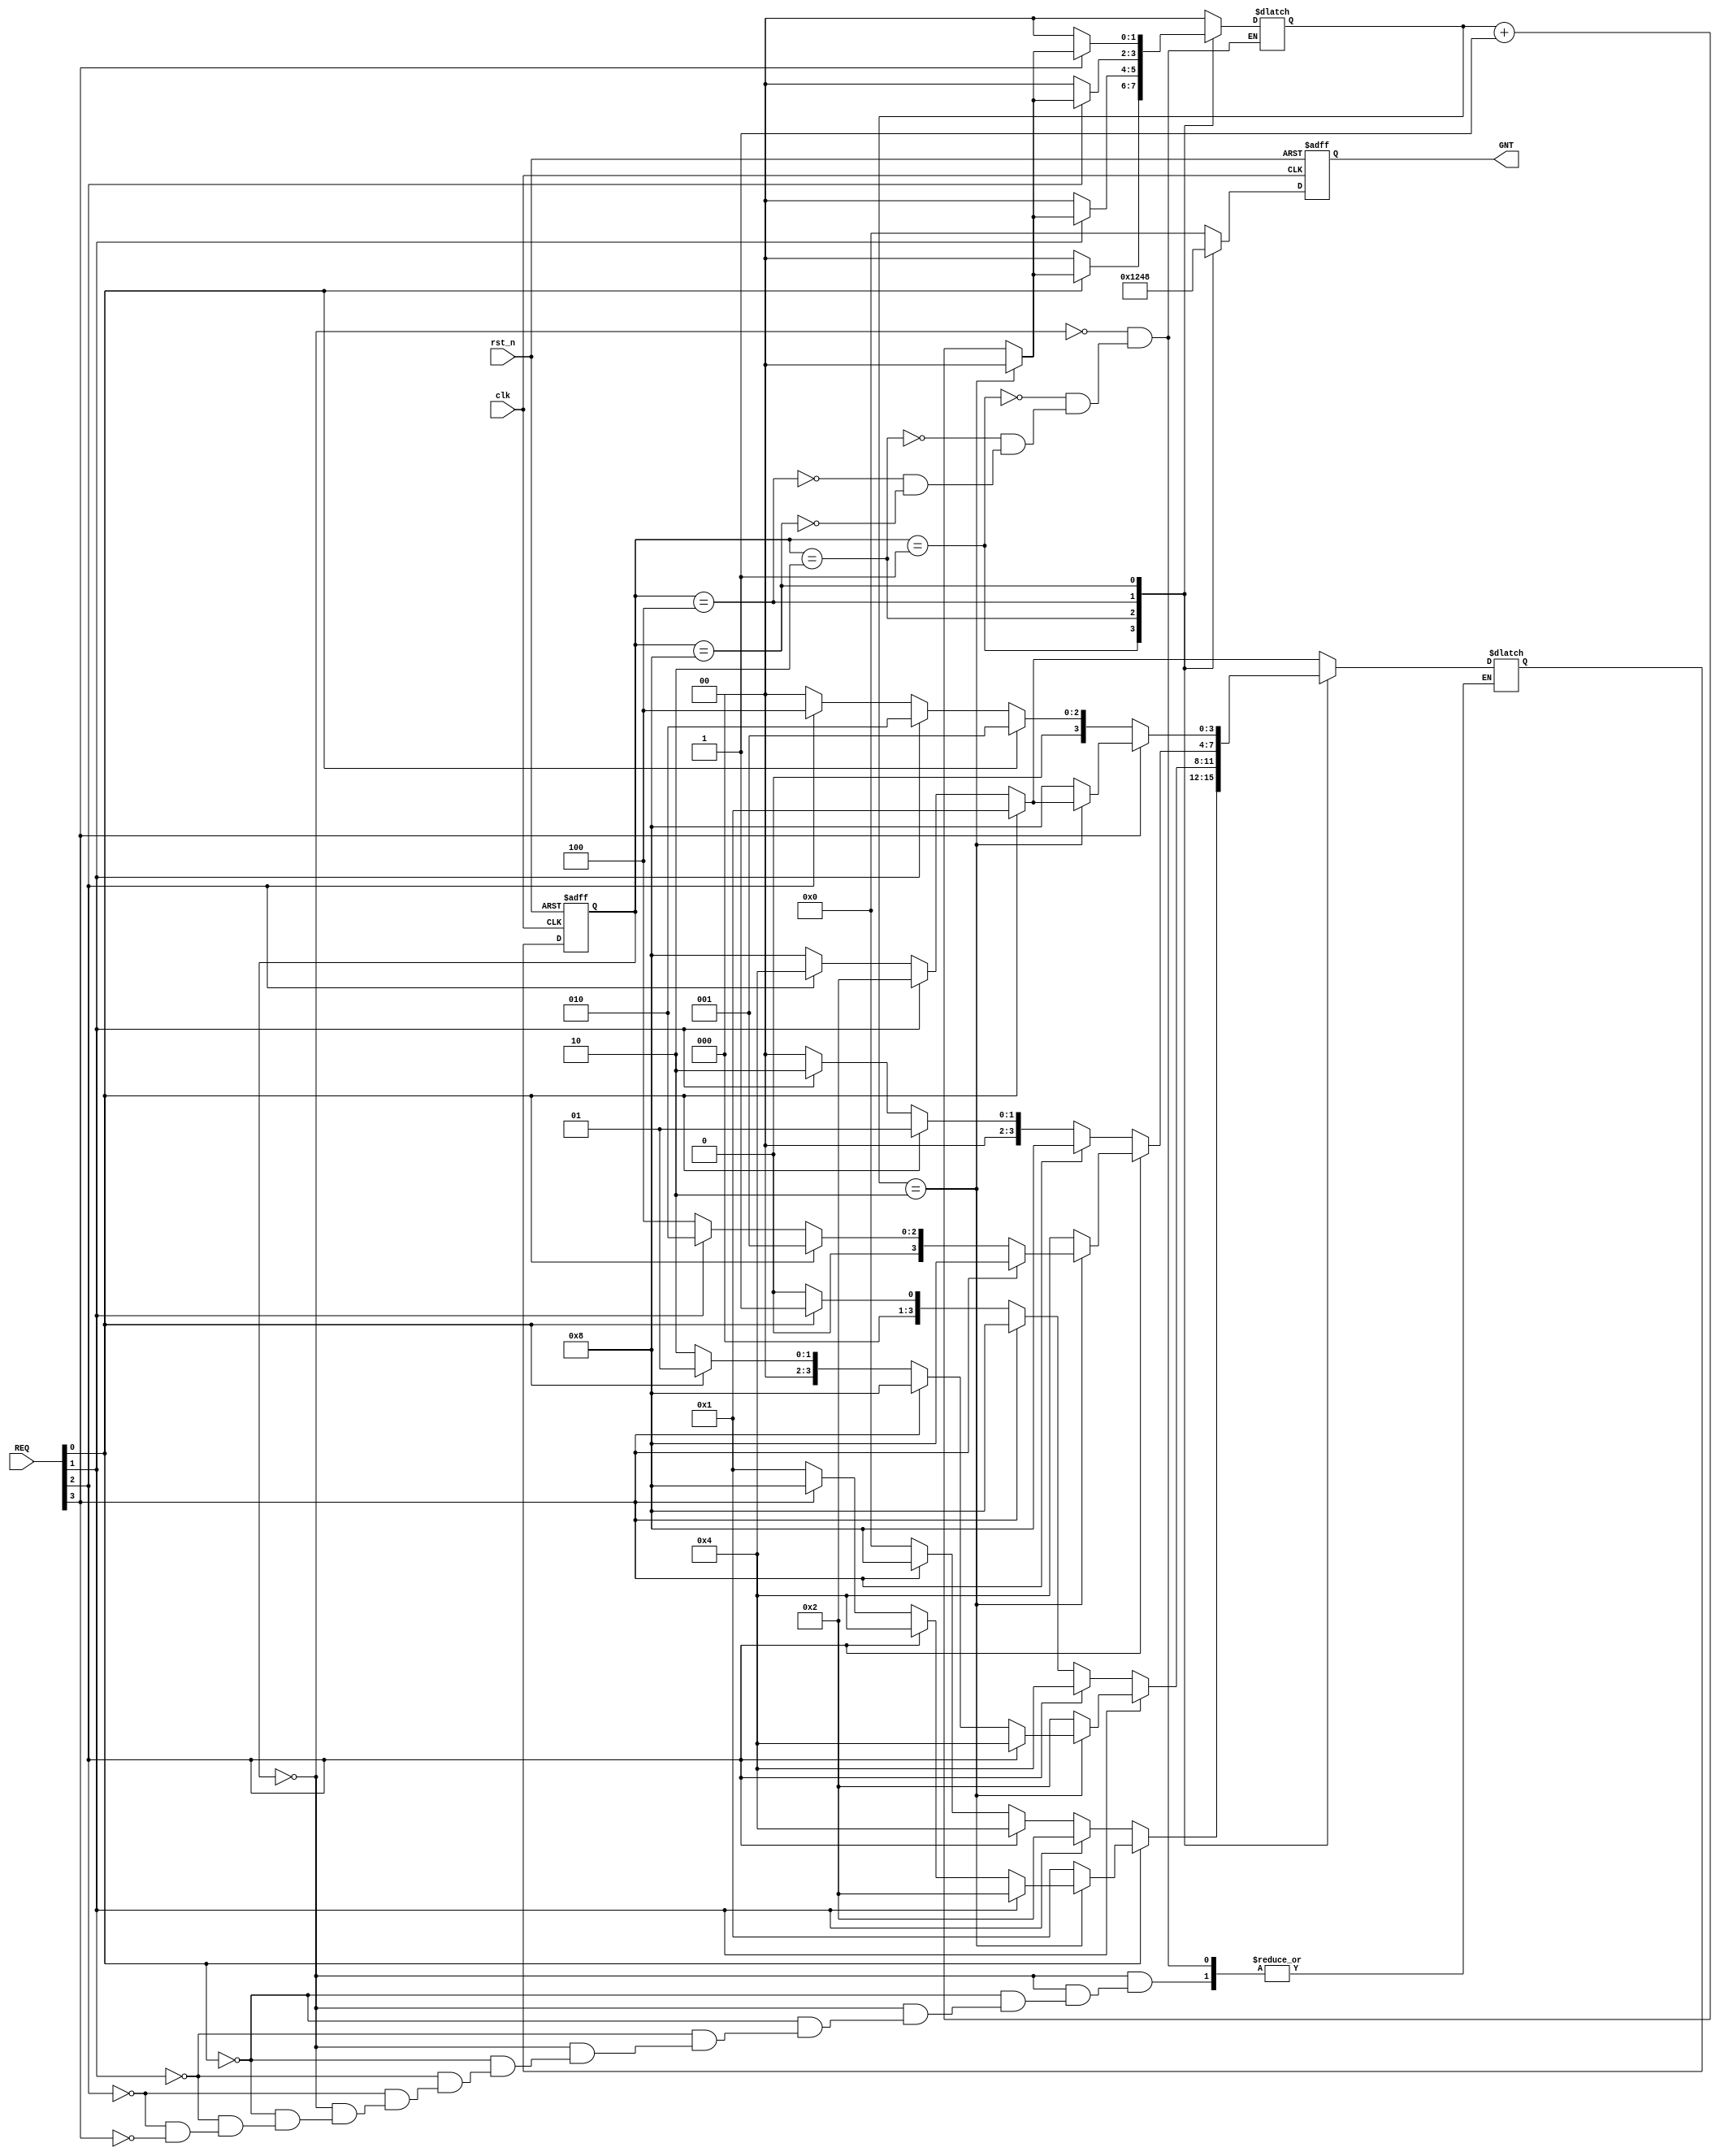

module RR_arbiter(
		input clk,
		input rst_n,
		input [3:0] REQ,
		output reg[3:0] GNT);
	
	reg [1:0] count;
	reg [3:0] present_state;
	reg [3:0] next_state;
  parameter [3:0] S_ideal = 4'b0000;
  parameter [3:0] S_0 = 4'b0001;
  parameter [3:0] S_1 = 4'b0010;
  parameter [3:0] S_2 = 4'b0100;
  parameter [3:0] S_3 = 4'b1000;

  always @ (posedge clk or negedge rst_n) // State Register, Sequential always block
		begin
      if(!rst_n)
				present_state <= S_ideal;
			else
				present_state <= next_state;
		end

	always @(present_state or next_state or REQ) // Next State Logic , Combinational always
		begin
			case(present_state)
				S_ideal : begin
							count = 2'b00;
							if(REQ[0])
								begin
									next_state = S_0;
								end
							else if(REQ[1])
								begin
									next_state = S_1;
								end
							else if(REQ[2])
								begin
									next_state = S_2;
								end
							else if(REQ[3])
								begin
									next_state = S_3;
								end
						end

				S_0 : begin
						if(REQ[0])
							begin
                if(count == 2'b10)
									begin
										if(REQ[1])
											begin
												count = 2'b00;
												next_state = S_1;
											end
										else if(REQ[2])
											begin
												count = 2'b00;
												next_state = S_2;
											end
										else if(REQ[3])
											begin
												count = 2'b00;
												next_state = S_3;
											end
										else
											begin
												count = 2'b00;
												next_state = S_0;
											end
								  end // if(count = 2'b11)
						    else
                  begin
								    count = count + 1'b1;
						        next_state = S_0;
                  end
						end // if(REQ[0])
						else if(REQ[1])
							begin
								count = 2'b00;
								next_state = S_1;
							end
						else if(REQ[2])
							begin
								count = 2'b00;
								next_state = S_2;
							end
						else if(REQ[3])
							begin
								count = 2'b00;
								next_state = S_3;
							end
						else
							begin
								count = 2'b00;
								next_state = S_ideal;
							end
					end // S_0

				S_1 : begin
						if(REQ[1])
							begin
                if(count == 2'b10)
									begin
										if(REQ[2])
											begin
												count = 2'b00;
												next_state = S_2;
											end
										else if(REQ[3])
											begin
												count = 2'b00;
												next_state = S_3;
											end
										else if(REQ[0])
											begin
												count = 2'b00;
												next_state = S_0;
											end
										else
											begin
												count = 2'b00;
												next_state = S_1;
											end
									end // if(count = 2'b11)
								else
                  begin
									  count = count + 1'b1;
									  next_state = S_1;
                  end
								end // if(REQ[1])
							else if(REQ[2])
								begin
									count = 2'b00;
									next_state = S_2;
								end
							else if(REQ[3])
								begin
									count = 2'b00;
									next_state = S_3;
								end
							else if(REQ[0])
								begin
									count = 2'b00;
									next_state = S_0;
								end
							else
						  	begin
									count = 2'b00;
									next_state = S_ideal;
								end
						end // S_1

					S_2 : begin
							if(REQ[2])
								begin
                  if(count == 2'b10)
										begin
											if(REQ[3])
												begin
													count = 2'b00;
													next_state = S_3;
												end
											else if(REQ[0])
												begin
													count = 2'b00;
													next_state = S_0;
												end
											else if(REQ[1])
												begin
													count = 2'b00;
													next_state = S_1;
												end
											else
												begin
													count = 2'b00;
													next_state = S_2;
												end
										end // if(count = 2'b11)
									else
                    begin
										  count = count + 1'b1;
										  next_state = S_2;
                    end
								end // if(REQ[2])
							else if(REQ[3])
									begin
										count = 2'b00;
										next_state = S_3;
									end
							else if(REQ[0])
									begin
										count = 2'b00;
										next_state = S_0;
									end
							else if(REQ[1])
									begin
										count = 2'b00;
										next_state = S_1;
									end
							else
									begin
										count = 2'b00;
										next_state = S_ideal;
									end
						end // S_2

					S_3 : begin
							if(REQ[3])
								begin
                  if(count == 2'b10)
										begin
											if(REQ[0])
												begin
													count = 2'b00;
													next_state = S_0;
												end
											else if(REQ[1])
												begin
													count = 2'b00;
													next_state = S_1;
												end
											else if(REQ[2])
												begin
													count = 2'b00;
													next_state = S_2;
												end
											else
												begin
													count = 2'b00;
													next_state = S_3;
												end
										end // if(count = 2'b11)
									else
                    begin
										  count = count + 1'b1;
										  next_state = S_3;
                    end
								end // if(REQ[3])
						else if(REQ[0])
								begin
									count = 2'b00;
									next_state = S_0;
								end
						else if(REQ[1])
								begin
									count = 2'b00;
									next_state = S_1;
								end
						else if(REQ[2])
								begin
									count = 2'b00;
									next_state = S_2;
								end
						else
								begin
									count = 2'b00;
									next_state = S_ideal;
								end
					end // S_3
				endcase
			end


  always @(posedge clk or negedge rst_n) // Sequential Registered Output Logic (Glitch Free)
		begin
        if(!rst_n)
            begin
              GNT <= 4'b0000;
            end
        else
          begin
         	  case(present_state)
					    S_0 : begin GNT <= 4'b0001; end
					    S_1 : begin GNT <= 4'b0010; end
					    S_2 : begin GNT <= 4'b0100; end
					    S_3 : begin GNT <= 4'b1000; end
				      default : begin GNT <= 4'b0000; end
				    endcase
          end
		end

endmodule // Round Robin Arbiter with Variable Slice Time